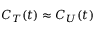
C _ { T } ( t ) \approx C _ { U } ( t )